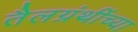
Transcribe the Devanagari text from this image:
तैलग्रंथींच्या